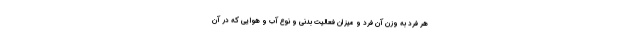
هر فرد به وزن آن فرد و میزان فعالیت بدنی و نوع آب و هوا یی که در آن